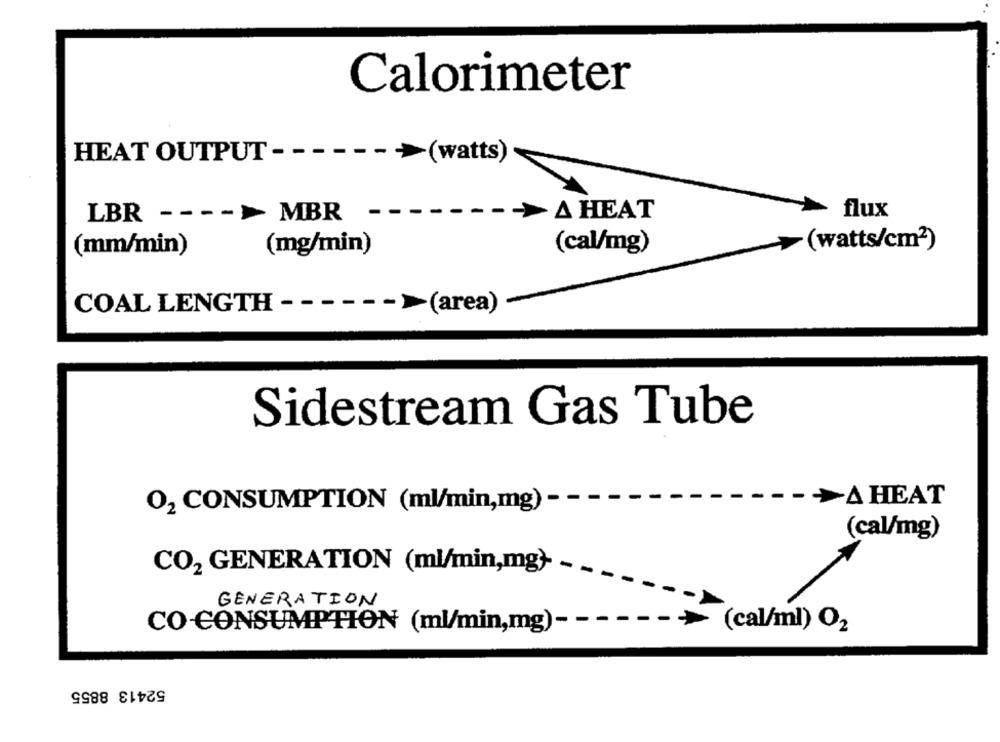
Calorimeter
HEAT OUTPUT -
(watts)
-
- -
-> A HEAT
> flux
LBR
MBR
(mm/min)
(mg/min)
(cal/mg)
(watts/cm2)
-
-- -
COAL LENGTH
(area)
Sidestream Gas Tube
>A HEAT
O2 CONSUMPTION (ml/min,mg) -
(cal/mg)
CO2 GENERATION (ml/min,mg)-
GENERATION
CO-CONSUMPTION (ml/min,mg)- -
(cal/ml) O2
52413 8855